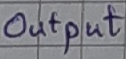
Text: Output